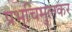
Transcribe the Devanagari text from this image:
प्रभुचिमुलकर